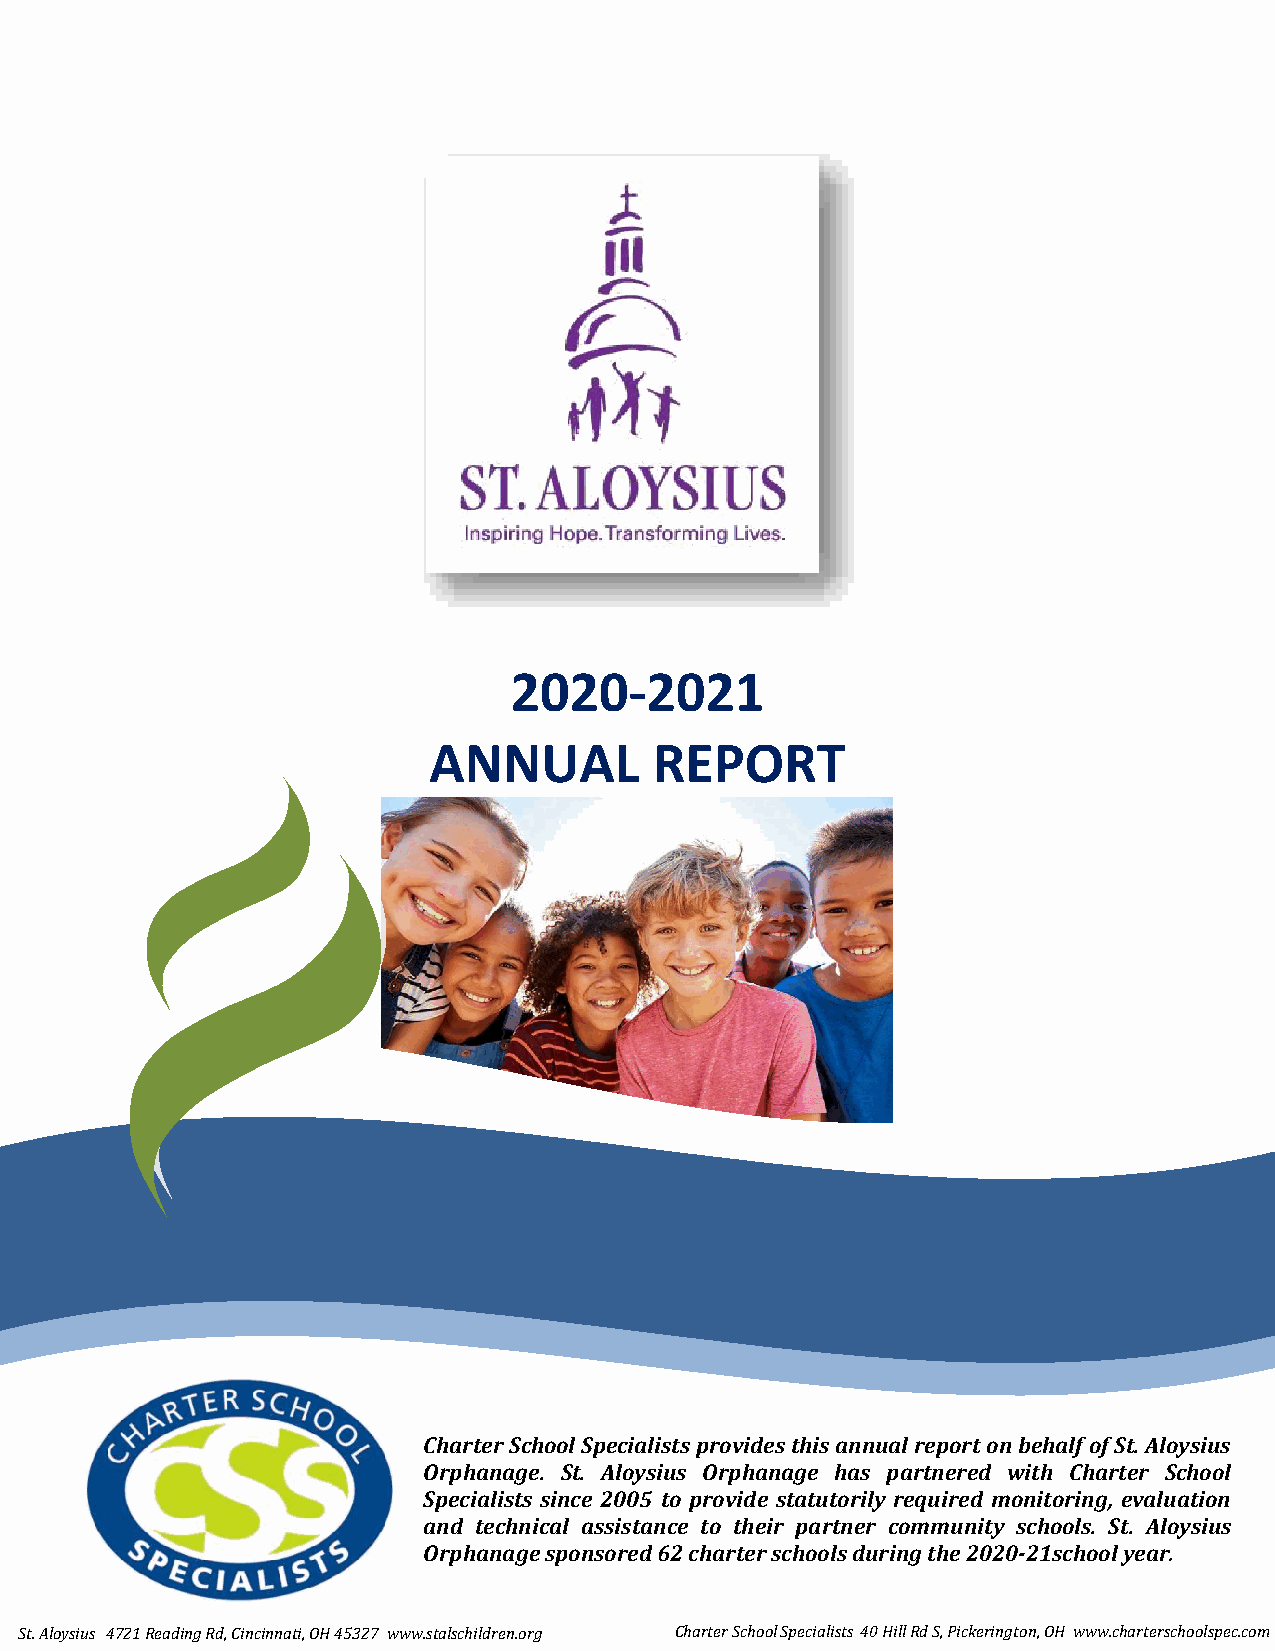
2020-2021
 ANNUAL         REPORT
 Charter School Specialists provides this annual report on behalf of St. Aloysius
 Orphanage. St. Aloysius Orphanage has partnered with Charter School
 Specialists since 2005 to provide statutorily required monitoring, evaluation
 and technical assistance to their partner community schools. St. Aloysius
 Orphanage sponsored 62 charter schools during the 2020-21school year.
 St. Aloysius 4721 Reading Rd, Cincinnati, OH 45327 www.stalschildren.org Charter School Specialists 40 Hill Rd S, Pickerington, OH www.charterschoolspec.com